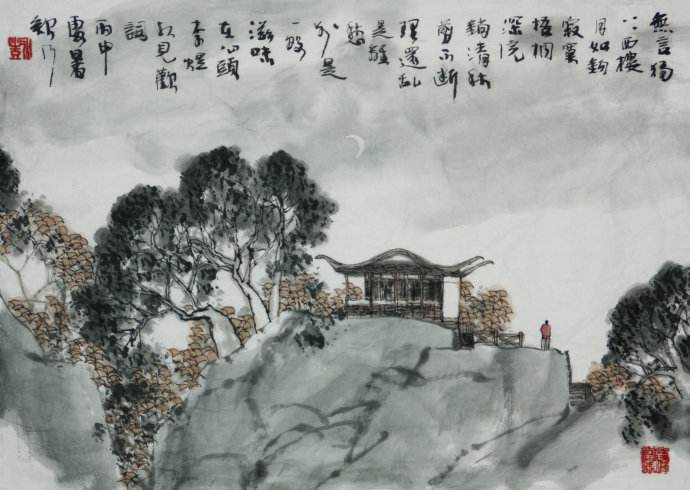
无言独上西楼，月如钩。寂寞梧桐深院锁清秋。